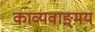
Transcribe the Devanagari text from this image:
काव्यवाङ्‌मय